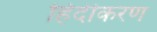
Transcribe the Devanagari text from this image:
हिंदीकरण